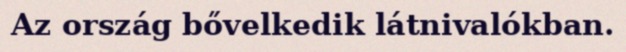
Az ország bővelkedik látnivalókban.